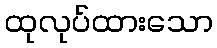
ထုလုပ်ထားသော